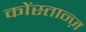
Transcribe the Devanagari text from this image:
कोंस्तान्ज़